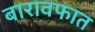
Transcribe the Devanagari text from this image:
बारावफात